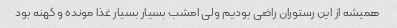
همیشه از این رستوران راضی بودیم ولی امشب بسیار بسیار غذا مونده و کهنه بود